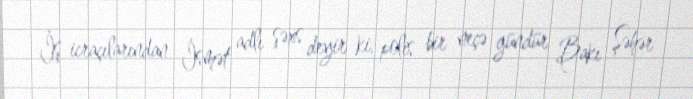
İş icraçılarından İsmət adlı şəxs deyir ki, polis bir neçə gündür Bakı Şəhər